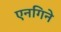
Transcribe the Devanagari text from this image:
एनगिने